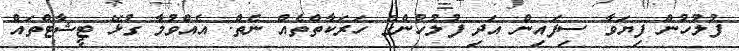
ފުލުހުން ފިޔަވާ ސިފައިން އަދި ފުލުހުންގެ ހަރަކާތްތެއް ނެތް. އެއްވުމާ ގުޅޭ ޓީޝާޓްތައް